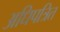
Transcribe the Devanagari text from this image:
अधिपत्रित